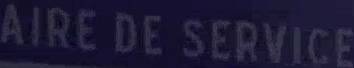
AIRE DE SERVICE